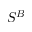
S ^ { B }